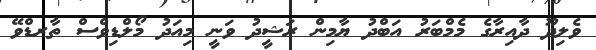
ވެލިދޫ ދާއިރާގެ މެމްބަރު އަބްދު ޔާމިން ރަޝީދު ވަނީ މިއަދު މޯލްޑިވްސް ތާރޑްވޭ